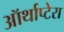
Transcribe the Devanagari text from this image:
ऑर्थाप्टेरा